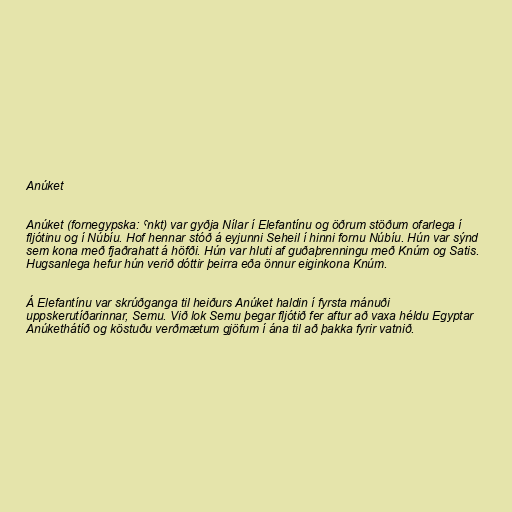
Anúket

Anúket (fornegypska: ˁnkt) var gyðja Nílar í Elefantínu og öðrum stöðum ofarlega í
fljótinu og í Núbíu. Hof hennar stóð á eyjunni Seheil í hinni fornu Núbíu. Hún var sýnd
sem kona með fjaðrahatt á höfði. Hún var hluti af guðaþrenningu með Knúm og Satis.
Hugsanlega hefur hún verið dóttir þeirra eða önnur eiginkona Knúm.

Á Elefantínu var skrúðganga til heiðurs Anúket haldin í fyrsta mánuði
uppskerutíðarinnar, Semu. Við lok Semu þegar fljótið fer aftur að vaxa héldu Egyptar
Anúkethátíð og köstuðu verðmætum gjöfum í ána til að þakka fyrir vatnið.